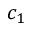
c _ { 1 }